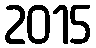
2015